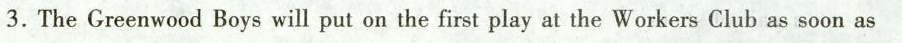
3.The Greenwood Boys will put on the first play at the Workers Club as soon as